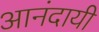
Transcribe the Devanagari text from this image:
आनंदायी